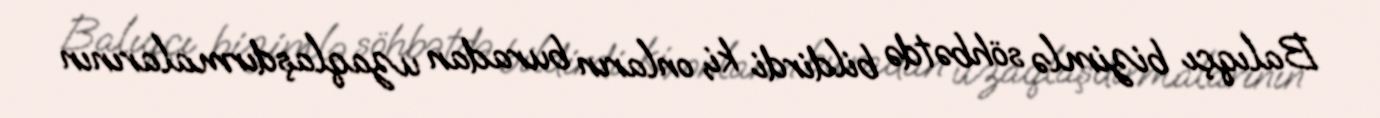
Balıqçı bizimlə söhbətdə bildirdi ki, onların buradan uzaqlaşdırmalarının